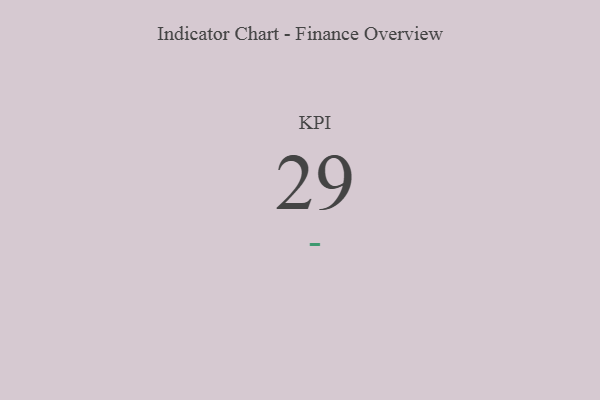
{"axis": {"x": "KPI", "y": "Value"}, "legend": [""], "data": [{"x": "KPI", "y": 29, "type": ""}]}